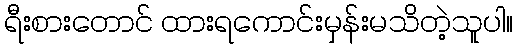
ရီးစားတောင် ထားရကောင်းမှန်းမသိတဲ့သူပါ။